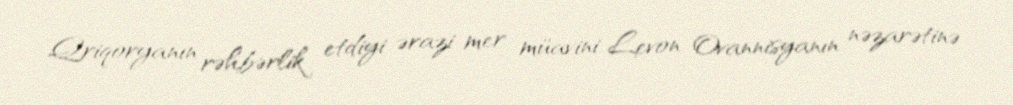
Qriqoryanın rəhbərlik etdiyi ərazi mer müavini Levon Ovannisyanın nəzarətinə